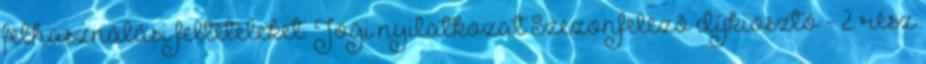
felhasználási feltételeket. Jogi nyilatkozat Szezonfelező díjkiosztó - 2. rész